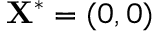
\mathbf { X } ^ { * } = ( 0 , 0 )